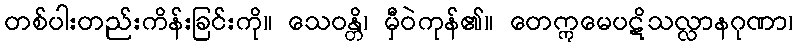
တစ်ပါးတည်းကိန်းခြင်းကို။ သေဝန္တိ၊ မှီဝဲကုန်၏။ တေဣမေပဋိသလ္လာနဂုဏာ၊